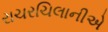
રાચરચિલાનીએ